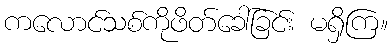
ကလောင်သစ်ကိုဖိတ်ခေါ်ခြင်း မရှိကြ။